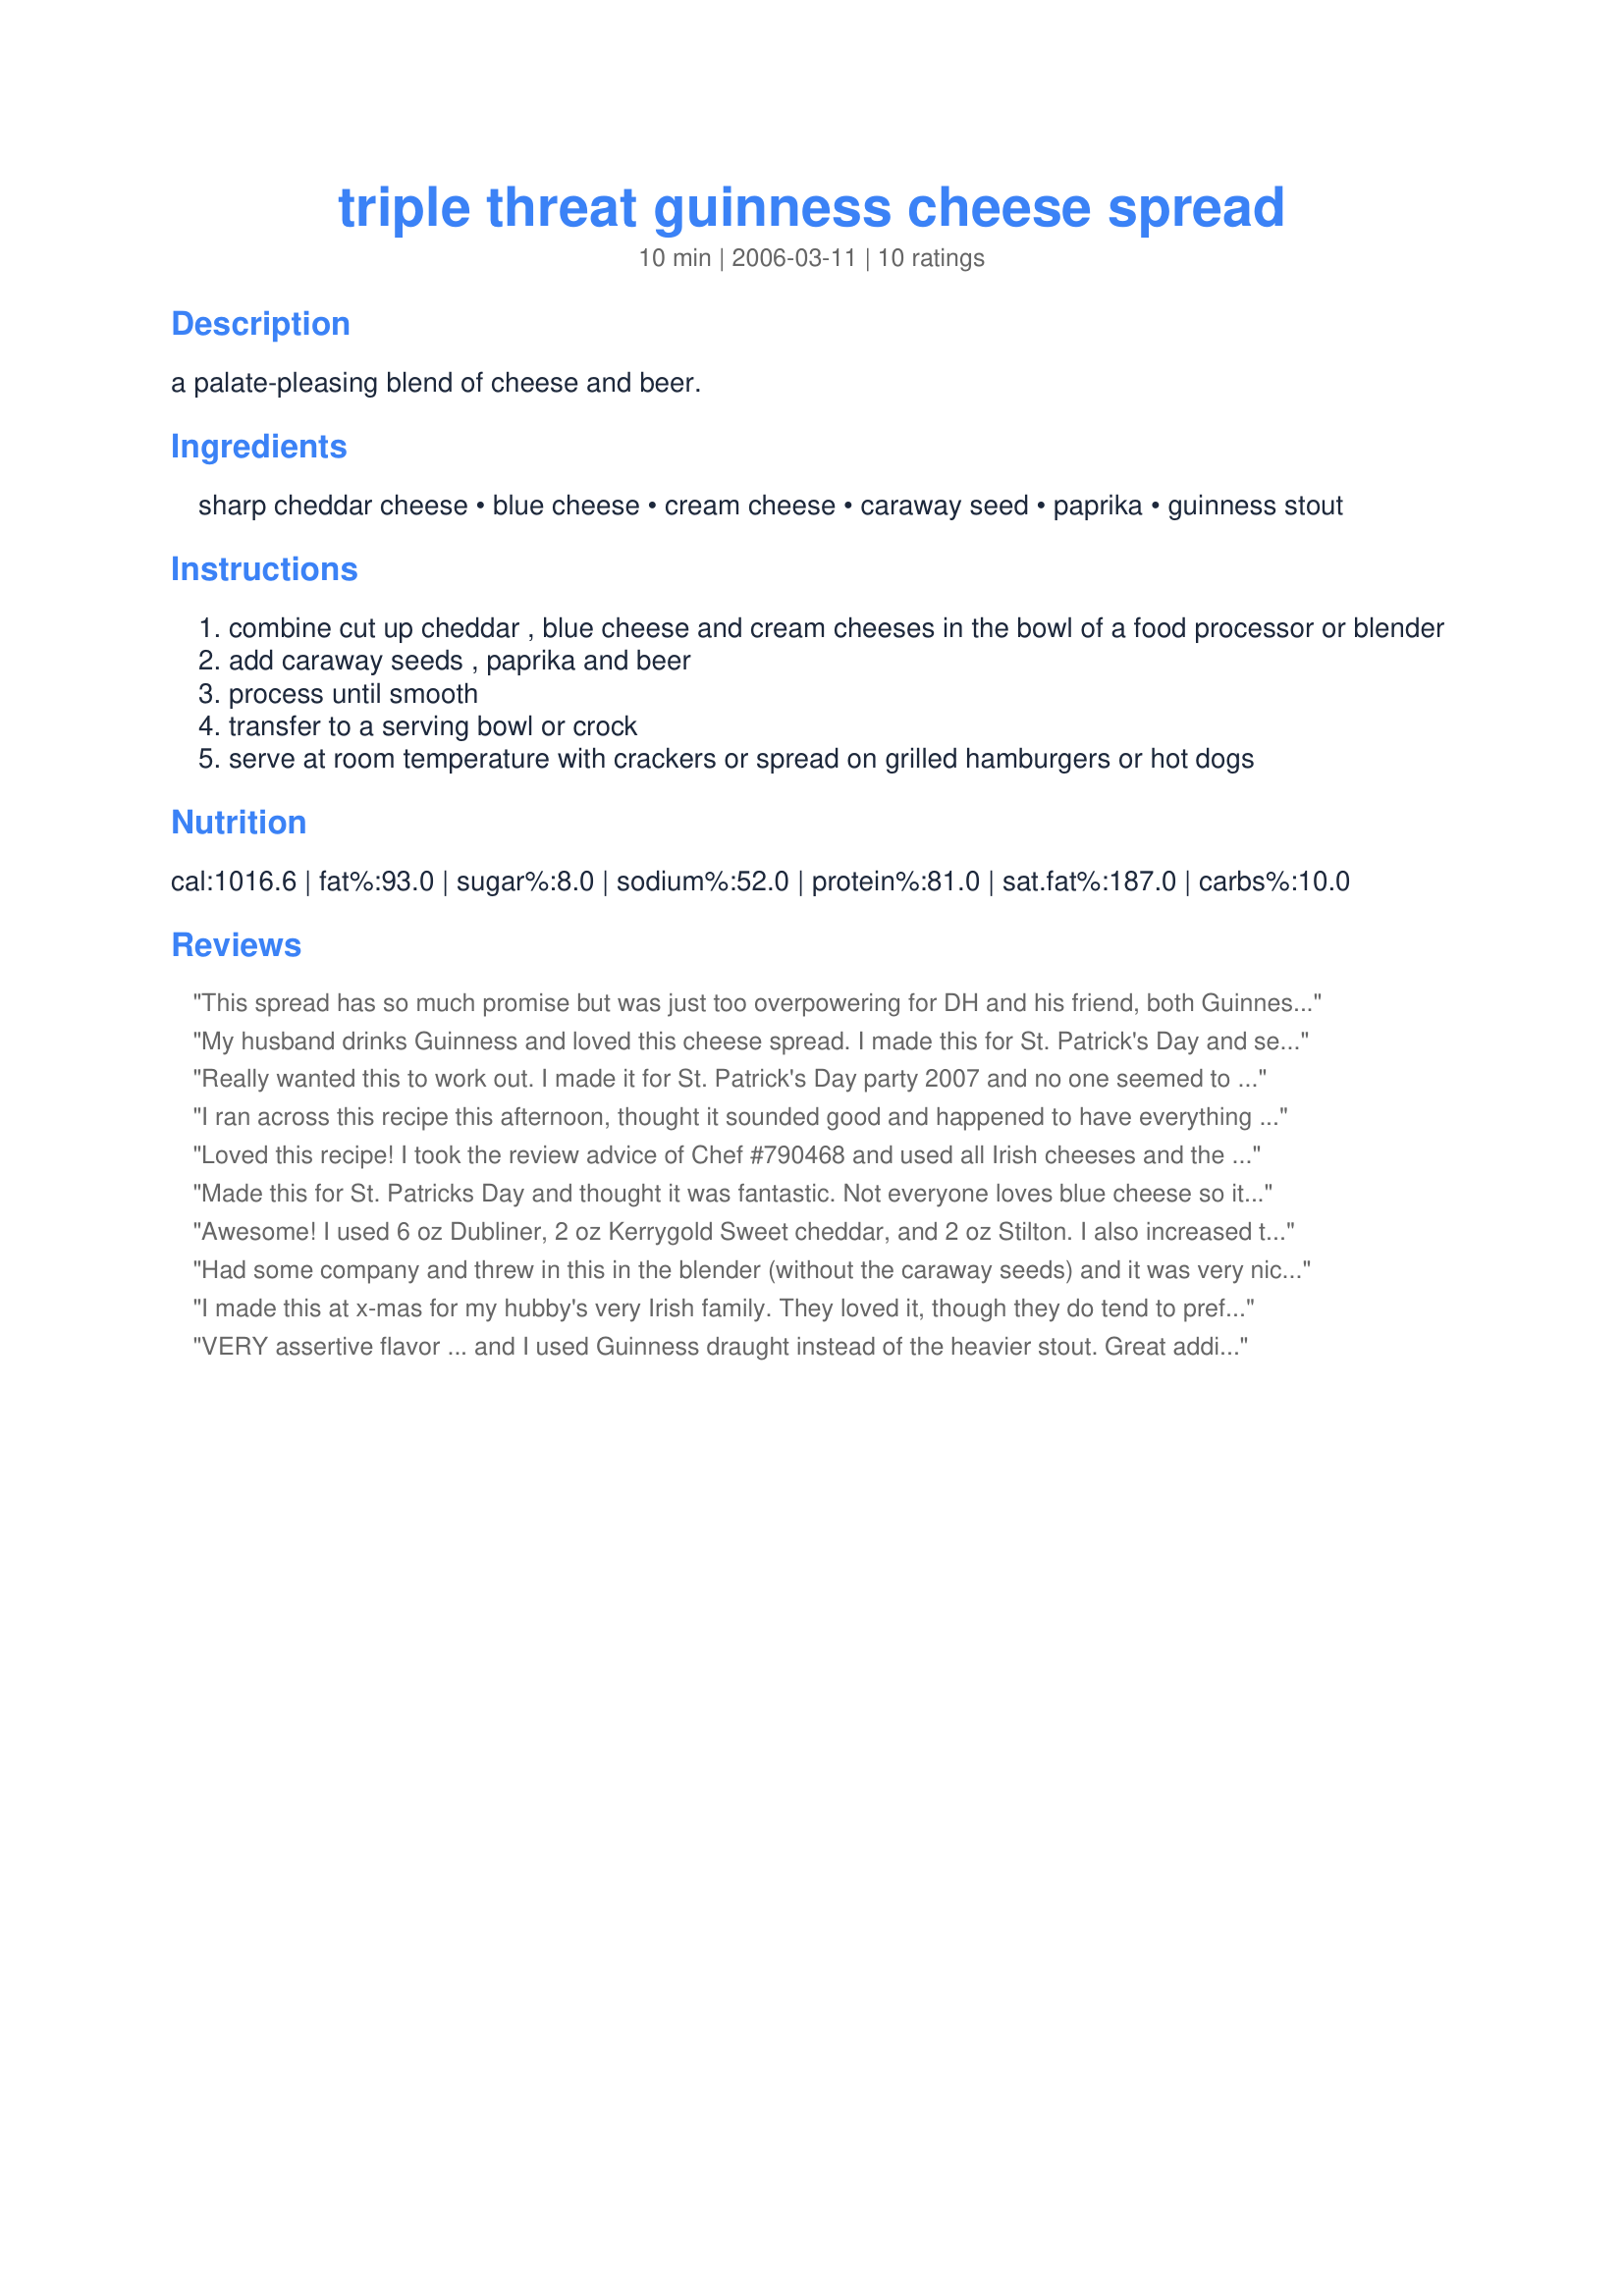
triple threat guinness cheese spread
Preparation time: 10 minutes

a palate-pleasing blend of cheese and beer.

Ingredients:
sharp cheddar cheese, blue cheese, cream cheese, caraway seed, paprika, guinness stout

Steps:
combine cut up cheddar , blue cheese and cream cheeses in the bowl of a food processor or blender
add caraway seeds , paprika and beer
process until smooth
transfer to a serving bowl or crock
serve at room temperature with crackers or spread on grilled hamburgers or hot dogs

Reviews:
This spread has so much promise but was just too overpowering for DH and his friend, both Guinness-loving guys. The flavors are *very* strong. Unfortunately this went untouched. :-(
My husband drinks Guinness and loved this cheese spread. I made this for St. Patrick's Day and served it with dark rye bread.
Really wanted this to work out. I made it for St. Patrick's Day party 2007 and no one seemed to enjoy it. Everyone called it the stinky cheese dip - I kind of felt sorry for it. I liked it but could only give it 2 stars because everyone else did not like it (probably b/c of the strong types of cheeses used).
I ran across this recipe this afternoon, thought it sounded good and happened to have everything on hand, so I whipped it right up. Took a matter of minutes, and the result was awesome! We really loved it--thanks for posting the recipe!
Loved this recipe! I took the review advice of Chef #790468 and used all Irish cheeses and the pumpernickel/onion pretzels. May try the green apples next time!!
Made this for St. Patricks Day and thought it was fantastic. Not everyone loves blue cheese so it could be left out for a more "cheddary" flavor. I,for one, thought it was perfect as is. I used the leftover spread on wraps for lunch along with cold cuts and sprouts. Awsome!
Awesome! I used 6 oz Dubliner, 2 oz Kerrygold Sweet cheddar, and 2 oz Stilton. I also increased the stout by one ounce, to 5 oz as I wanted a more dip like texture. BAM! if you like pungent cheeses, you will LOVE this stuff! I think I;d prefer to grind the caraway next time, for reasons of texture.
Had some company and threw in this in the blender (without the caraway seeds) and it was very nice. Everyone liked it. Thanks!
I made this at x-mas for my hubby's very Irish family. They loved it, though they do tend to prefer strong flavors (which this is). I used the Dubliner chedder and also the Kerry Gold Irish White. This made the dip a lovely tan color, instead of the unfortunate color it may have turned had I used an orange color cheese. Oh, I also left out the seeds.
Try serving it with green apples and thick pretzle rods, the pumpernickle onoin ones work great! I'm making it again tonight for a Paddy's party. I'm sure some people will be scared of it, but they are probably the same people who think Guinness is "too heavy".
VERY assertive flavor ... and I used Guinness draught instead of the heavier stout. 
Great addition to an otherwise bland menu.
